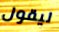
ليقول